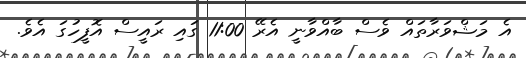
އެ މަޝްވަރާތައް ވެސް ބާއްވާނީ އެރޭ 11:00 ގައި ރައީސް އޮފީހުގަ އެވެ.